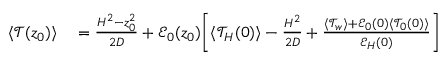
\begin{array} { r l } { \langle \mathcal { T } ( z _ { 0 } ) \rangle } & { { } = \frac { H ^ { 2 } - z _ { 0 } ^ { 2 } } { 2 D } + \mathcal { E } _ { 0 } ( z _ { 0 } ) \biggl [ \langle \mathcal { T } _ { H } ( 0 ) \rangle - \frac { H ^ { 2 } } { 2 D } + \frac { \langle \mathcal { T } _ { w } \rangle + \mathcal { E } _ { 0 } ( 0 ) \langle \mathcal { T } _ { 0 } ( 0 ) \rangle } { \mathcal { E } _ { H } ( 0 ) } \biggr ] } \end{array}